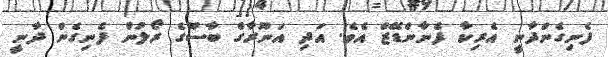
ފެނިގެންދާނީ އެރިކާ ފެނާންޑޭޒް އެވެ. އަދި އަނޫރާގް ބާސޫގެ ރޯލުން ފެނިގެން ދާނީ